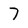
Character: 7